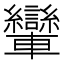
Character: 𨏶